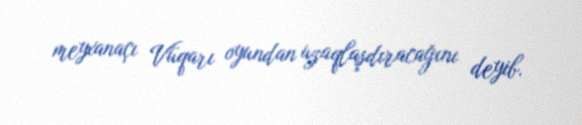
meyxanaçı Vüqarı oyundan uzaqlaşdıracağını deyib.